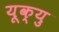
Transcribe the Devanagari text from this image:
यूक्यु